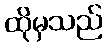
ထိုမှသည်